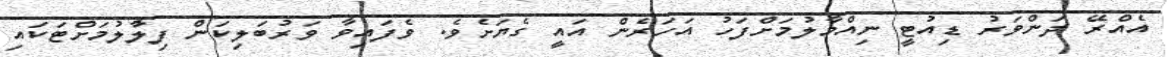
އެއްރޭ ދަންވަރު ޑިއުޓީ ނިއްމާލުމަށްފަހު އަހަރެން އައީ ގެޔަށެވެ. ވެފައިވާ ވަރުބަލިކަން ފިލުާލުމަށްޓަކައި